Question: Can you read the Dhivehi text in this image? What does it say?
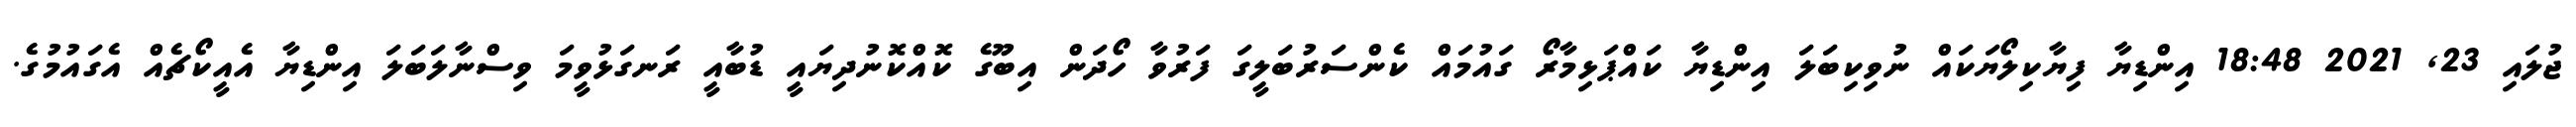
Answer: ޖުލައި 23, 2021 18:48 އިންޑިޔާ ފިޔާކިލޯޔަކައް ނުވިކިބަލަ އިންޑިޔާ ކައްޕަޅިމާރޯ ގައުމައް ކެންސަރުބަލީގަ ފަރުވާ ހޯދަން އިބޫގެ ކޮއްކޮނުދިޔައީ ޑުބާއީ ރަނގަޅުވީމަ ވިސްނާލަބަލަ އިންޑިޔާ އެއީކޯޗެއް އެގައުމުގެ.